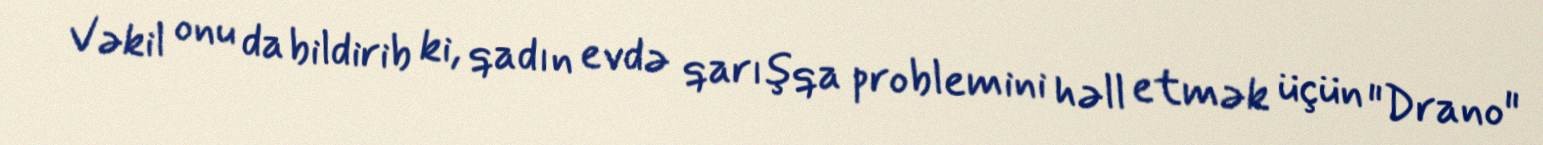
Vəkil onu da bildirib ki, qadın evdə qarışqa problemini həll etmək üçün "Drano"